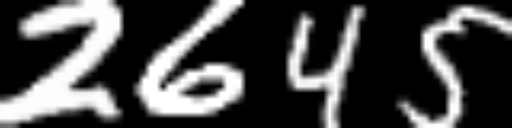
Text: 2645